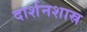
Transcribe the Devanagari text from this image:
दार्शनशास्र